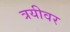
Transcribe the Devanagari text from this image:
त्रयीवर